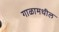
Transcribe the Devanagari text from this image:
गाळामधील